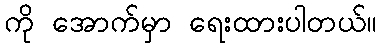
ကို အောက်မှာ ရေးထားပါတယ်။